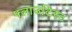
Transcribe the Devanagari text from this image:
फ्लाउटिस्ट